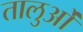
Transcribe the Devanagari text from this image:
तालुओं